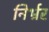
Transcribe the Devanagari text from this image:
निर्भ्रर